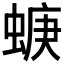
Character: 𧍁